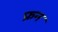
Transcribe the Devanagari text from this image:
फ्रन